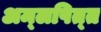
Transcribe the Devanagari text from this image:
अम्‍लपित्‍त